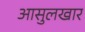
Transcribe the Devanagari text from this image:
आसुलखार